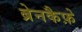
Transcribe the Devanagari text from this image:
ब्रेनकैफ़े